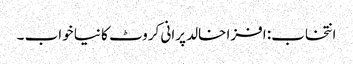
انتخاب: افزا خالد پرانی کروٹ کا نیا خواب ۔